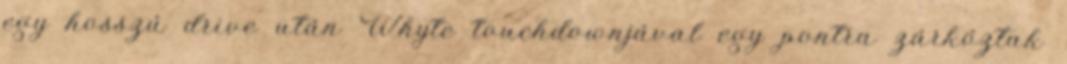
egy hosszú drive után Whyte touchdownjával egy pontra zárkóztak